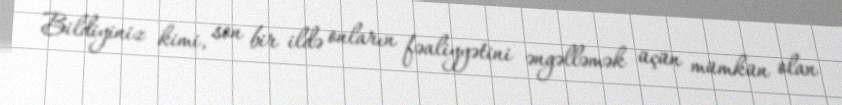
Bildiyiniz kimi, son bir ildə onların fəaliyyətini əngəlləmək üçün mümkün olan